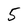
Character: 5